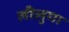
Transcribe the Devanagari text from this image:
लीलुगा